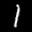
Label: 1